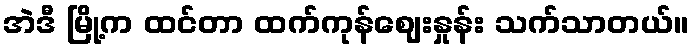
အဲဒီ မြို့က ထင်တာ ထက်ကုန်ဈေးနှုန်း သက်သာတယ်။